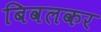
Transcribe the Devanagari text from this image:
बिवलकर